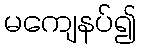
မကျေနပ်၍